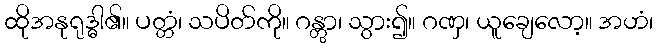
ထိုအနုရုဒ္ဓါ၏။ ပတ္တံ၊ သပိတ်ကို။ ဂန္တွာ၊ သွား၍။ ဂဏှ၊ ယူချေလော့။ အဟံ၊